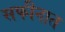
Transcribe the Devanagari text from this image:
सफीनात